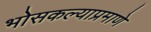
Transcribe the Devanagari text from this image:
भोसकल्याप्रमाणे